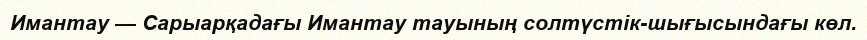
Имантау — Сарыарқадағы Имантау тауының солтүстік-шығысындағы көл.